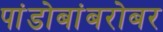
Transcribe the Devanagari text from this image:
पांडोबांबरोबर